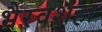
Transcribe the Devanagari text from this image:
भैरवशहा